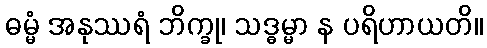
ဓမ္မံ အနုဿရံ ဘိက္ခု၊ သဒ္ဓမ္မာ န ပရိဟာယတိ။